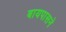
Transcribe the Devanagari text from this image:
बायपासने